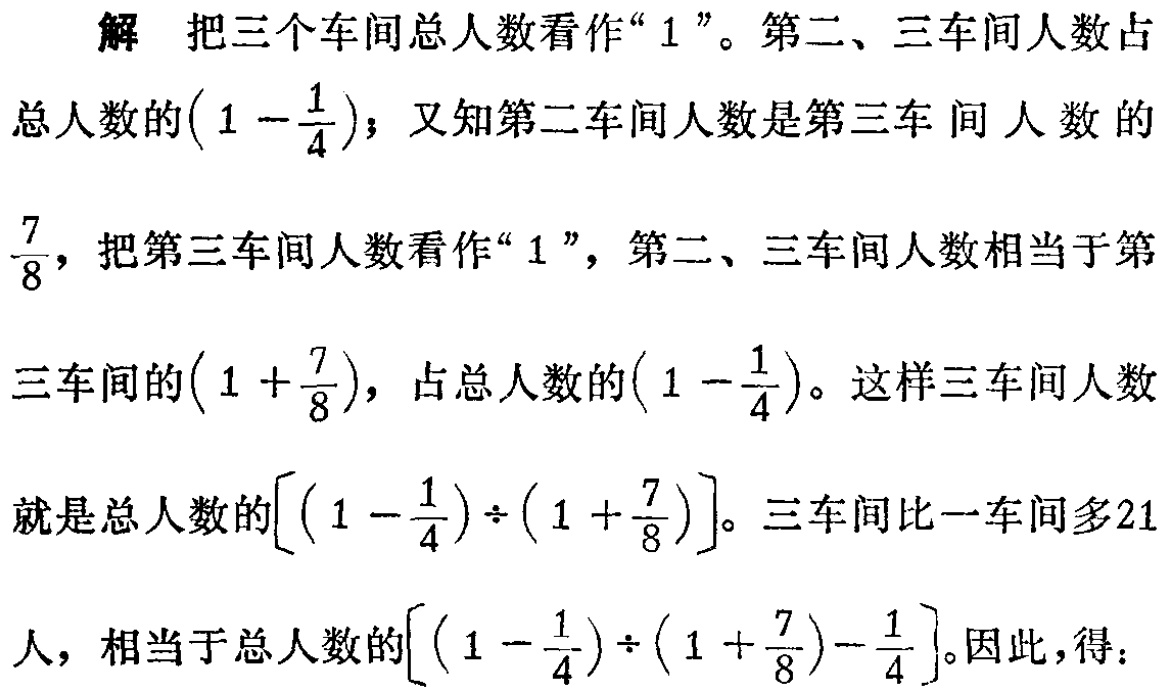
解 把三个车间总人数看作“$1$”。第二、三车间人数占

总人数的$\left(1 - \dfrac{1}{4}\right)$；又知第二车间人数是第三车间人数的

$\dfrac{7}{8}$，把第三车间人数看作“$1$”，第二、三车间人数相当于第

三车间的$\left(1 + \dfrac{7}{8}\right)$，占总人数的$\left(1 - \dfrac{1}{4}\right)$。这样三车间人数

就是总人数的$\left[\left(1 - \dfrac{1}{4}\right) \div \left(1 + \dfrac{7}{8}\right)\right]$。三车间比一车间多21

人，相当于总人数的$\left[\left(1 - \dfrac{1}{4}\right) \div \left(1 + \dfrac{7}{8}\right) - \dfrac{1}{4}\right]$。因此，得：